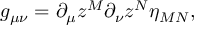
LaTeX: g _ { \mu \nu } = \partial _ { \mu } z ^ { M } \partial _ { \nu } z ^ { N } \eta _ { M N } ,